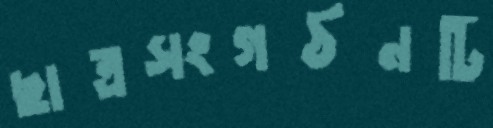
ছাত্রসংগঠনটি